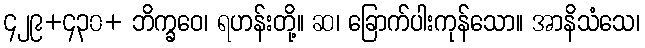
၄၂၉+၄၃၀+ ဘိက္ခဝေ၊ ရဟန်းတို့။ ဆ၊ ခြောက်ပါးကုန်သော။ အာနိသံသေ၊